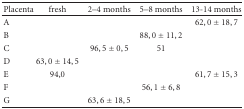
| Placenta | fresh | 2–4 months | 5–8 months | 13-14 months |
 | --- | --- | --- | --- | --- |
 | A |  |  |  | 62, 0 ± 18, 7 |
 | B |  |  | 88, 0 ± 11, 2 |  |
 | C |  | 96, 5 ± 0, 5 | 51 |  |
 | D | 63, 0 ± 14, 5 |  |  |  |
 | E | 94,0 |  |  | 61, 7 ± 15, 3 |
 | F |  |  | 56, 1 ± 6, 8 |  |
 | G |  | 63, 6 ± 18, 5 |  |  |